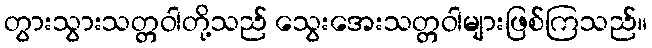
တွားသွားသတ္တဝါတို့သည် သွေးအေးသတ္တဝါများဖြစ်ကြသည်။